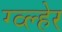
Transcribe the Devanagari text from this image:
ग्व्ल्हेर